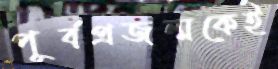
পূর্বপ্রজন্মকেই